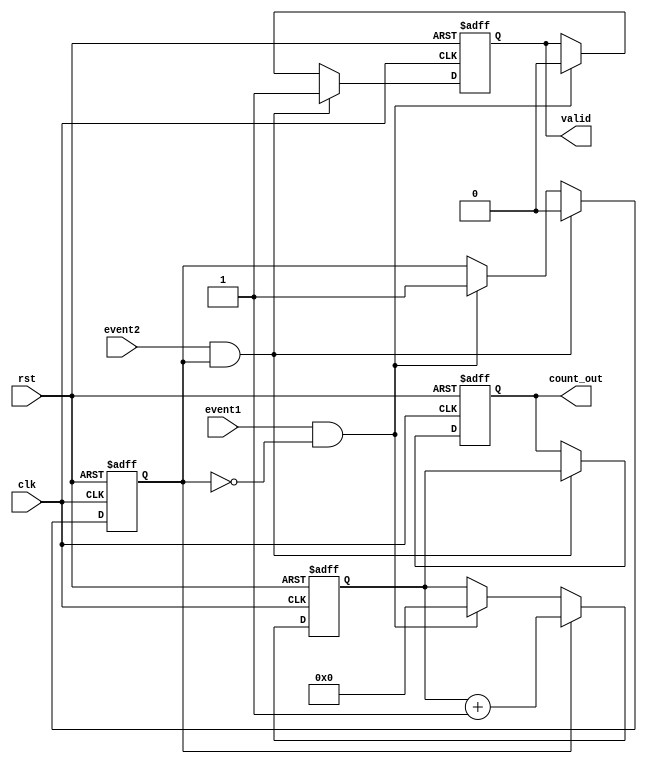
module TDC (
    input wire clk,              // Clock signal
    input wire rst,              // Asynchronous reset
    input wire event1,           // First event input
    input wire event2,           // Second event input
    output reg [31:0] count_out, // Output count value
    output reg valid             // Output valid signal
);

    reg [31:0] counter;          // 32-bit counter
    reg counting;                // Counting state flag

    // Asynchronous reset and event detection
    always @(posedge clk or posedge rst) begin
        if (rst) begin
            counter <= 32'b0;
            count_out <= 32'b0;
            valid <= 1'b0;
            counting <= 1'b0;
        end else begin
            if (event1 && !counting) begin
                // Start counting on the first event
                counting <= 1'b1;
                counter <= 32'b0; // Reset the counter
                valid <= 1'b0;    // Invalid until second event
            end
            
            if (counting) begin
                // Increment the counter while counting
                counter <= counter + 1;
            end
            
            if (event2 && counting) begin
                // Stop counting on the second event
                counting <= 1'b0;
                count_out <= counter; // Store the count value
                valid <= 1'b1;        // Indicate valid output
            end
        end
    end

endmodule